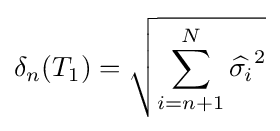
\delta _{n}(T_{1})={\sqrt {\sum _{i=n+1}^{N}{\widehat {\sigma _{i}}}^{2}}}